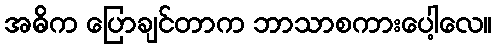
အဓိက ပြောချင်တာက ဘာသာစကားပေါ့လေ။